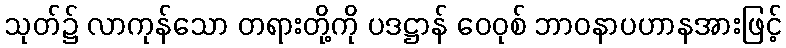
သုတ်၌ လာကုန်သော တရားတို့ကို ပဒဋ္ဌာန် ဝေဝုစ် ဘာဝနာပဟာနအားဖြင့်